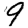
Digit: 9